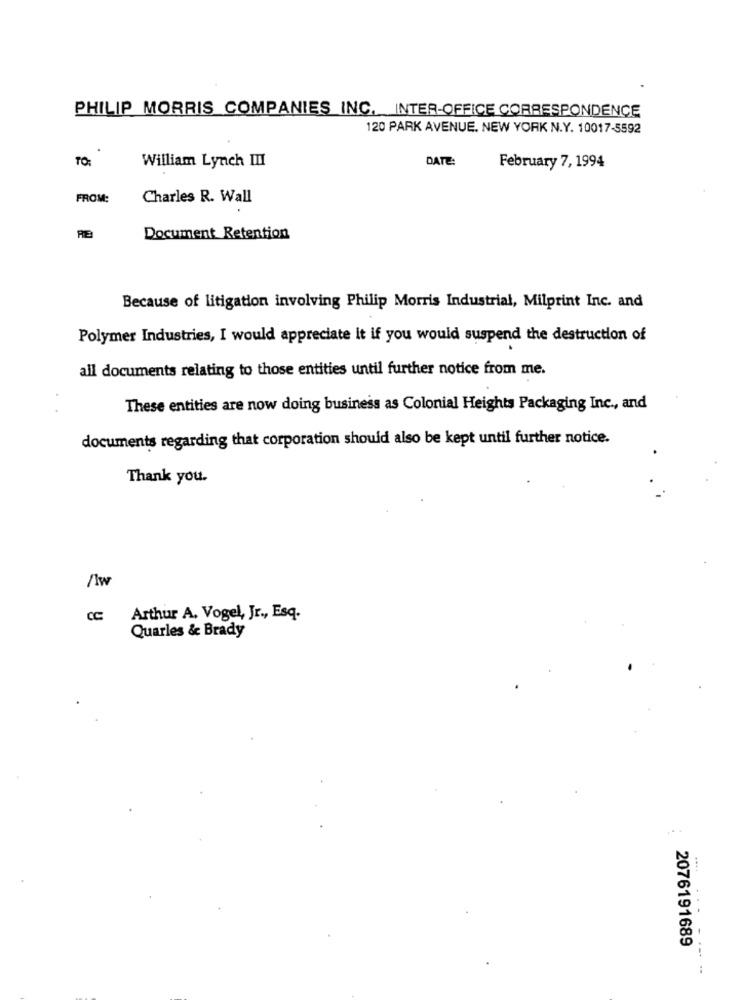
PHILIP MORRIS COMPANIES INC. INTER-OFFICE CORRESPONDENCE
120 PARK AVENUE. NEW YORK N.Y. 10017-5592
TO:
William Lynch III
DATE:
February 7, 1994
FROM:
Charles R. Wall
RE
Document Retention
Because of litigation involving Philip Morris Industrial, Milprint Inc. and
Polymer Industries, I would appreciate it if you would suspend the destruction of
all documents relating to those entities until further notice from me.
These entities are now doing business as Colonial Heights Packaging Inc ., and
documents regarding that corporation should also be kept until further notice.
Thank you.
/1w
Arthur A. Vogel, Jr ., Esq.
Quarles & Brady
2076191689
!!
:
--- -